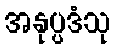
အနုပ္ပဒံသု